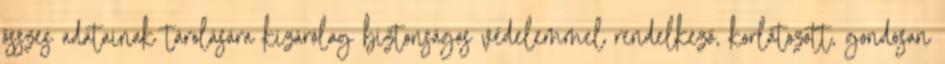
összes adatainak tárolására kizárólag biztonságos védelemmel rendelkező, korlátozott, gondosan